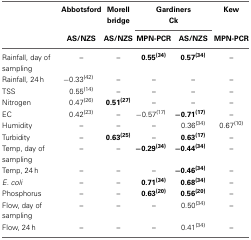
<table><thead><tr><td></td><td><b>Abbotsford</b></td><td><b>Morell bridge</b></td><td colspan="2"><b>Gardiners Ck</b></td><td><b>Kew</b></td></tr><tr><td></td><td><b>AS/NZS</b></td><td><b>AS/NZS</b></td><td><b>MPN-PCR</b></td><td><b>AS/NZS</b></td><td><b>MPN-PCR</b></td></tr></thead><tbody><tr><td>Rainfall, day of sampling</td><td>–</td><td>–</td><td><b>0.55<sup>(34)</sup></b></td><td><b>0.57<sup>(34)</sup></b></td><td>–</td></tr><tr><td>Rainfall, 24 h</td><td>−0.33<sup>(42)</sup></td><td>–</td><td>–</td><td>–</td><td>–</td></tr><tr><td>TSS</td><td>0.55<sup>(14)</sup></td><td>–</td><td>–</td><td>–</td><td>–</td></tr><tr><td>Nitrogen</td><td>0.47<sup>(26)</sup></td><td><b>0.51<sup>(27)</sup></b></td><td>–</td><td>–</td><td>–</td></tr><tr><td>EC</td><td>0.42<sup>(23)</sup></td><td>–</td><td>−0.57<sup>(17)</sup></td><td>−<b>0.71<sup>(17)</sup></b></td><td>–</td></tr><tr><td>Humidity</td><td>–</td><td>–</td><td>–</td><td>0.36<sup>(34)</sup></td><td>0.67<sup>(10)</sup></td></tr><tr><td>Turbidity</td><td>–</td><td><b>0.63<sup>(25)</sup></b></td><td>–</td><td><b>0.63<sup>(17)</sup></b></td><td>–</td></tr><tr><td>Temp, day of sampling</td><td>–</td><td>–</td><td>−<b>0.29<sup>(34)</sup></b></td><td>−<b>0.44<sup>(34)</sup></b></td><td>–</td></tr><tr><td>Temp, 24 h</td><td>–</td><td>–</td><td>–</td><td>−<b>0.46<sup>(34)</sup></b></td><td>–</td></tr><tr><td><i>E. coli</i></td><td>–</td><td>–</td><td><b>0.71<sup>(34)</sup></b></td><td><b>0.68<sup>(34)</sup></b></td><td>–</td></tr><tr><td>Phosphorus</td><td>–</td><td>–</td><td><b>0.63<sup>(20)</sup></b></td><td><b>0.56<sup>(20)</sup></b></td><td>–</td></tr><tr><td>Flow, day of sampling</td><td>–</td><td>–</td><td>–</td><td>0.50<sup>(34)</sup></td><td>–</td></tr><tr><td>Flow, 24 h</td><td>–</td><td>–</td><td>–</td><td>0.41<sup>(34)</sup></td><td>–</td></tr></tbody></table>